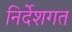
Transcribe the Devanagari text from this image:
निर्देशगत